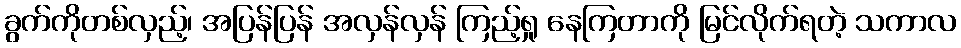
ခွက်ကိုတစ်လှည့်၊ အပြန်ပြန် အလှန်လှန် ကြည့်ရှု နေကြတာကို မြင်လိုက်ရတဲ့ သကာလ